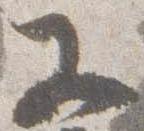
又